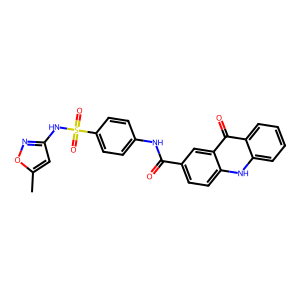
SMILES: Cc1cc(NS(=O)(=O)c2ccc(NC(=O)c3ccc4[nH]c5ccccc5c(=O)c4c3)cc2)no1
Inhibits HIV replication: No